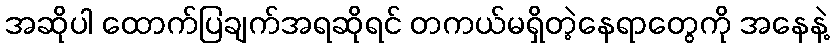
အဆိုပါ ထောက်ပြချက်အရဆိုရင် တကယ်မရှိတဲ့နေရာတွေကို အနေနဲ့